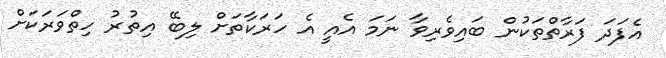
އެފަދަ ފަރާތްތަކުން ބައިވެރިވާ ނަމަ އެއީ އެ ހަރަކާތަށް ލިބޭ އިތުރު ހިތްވަރަކަށް